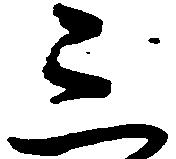
三